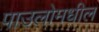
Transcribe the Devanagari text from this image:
पाउलोमधील